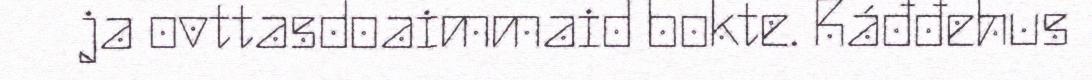
ja ovttasdoaimmaid bokte. Ráđđehus